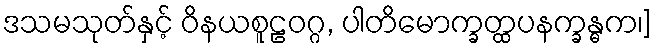
ဒသမသုတ်နှင့် ဝိနယစူဠဝဂ္ဂ, ပါတိမောက္ခတ္ထပနက္ခန္ဓက၊]